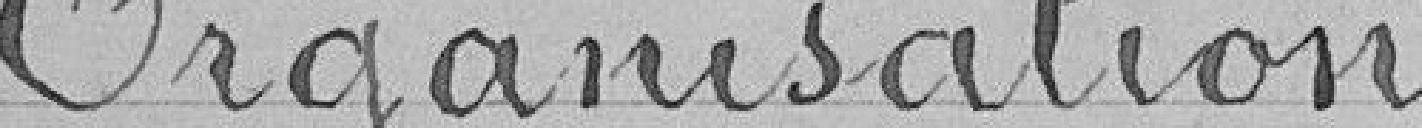
Organisation